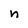
Character: n